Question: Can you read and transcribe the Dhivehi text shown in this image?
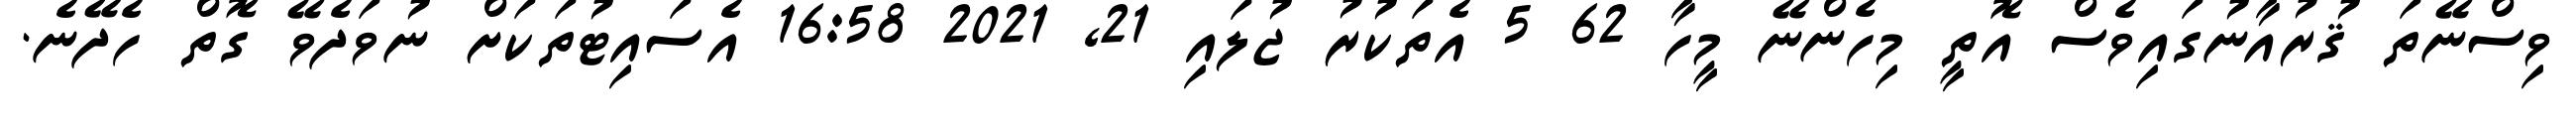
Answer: ވިސްނޭތަ ޤުރުއާނުގައިވެސް އޮތީ މިހެންނޭ މީހާ 62 5 އެތަކުރު ޖުލައި 21, 2021 16:58 އެސައިޓުތަކަށް ނުވަދެވޭ ގޮތް ހެދޭނެ.